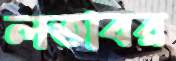
লতাবর